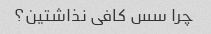
چرا سس کافی نذاشتین؟